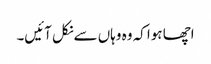
اچھا ہوا کہ وہ وہاں سےنکل آئیں۔